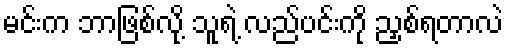
မင်းက ဘာဖြစ်လို့ သူရဲ့ လည်ပင်းကို ညှစ်ရတာလဲ